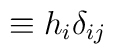
\equiv  h_i \delta _{ij}